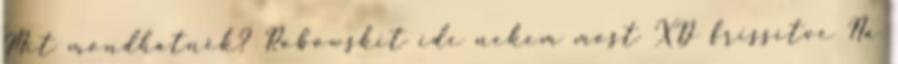
Mit mondhatnék? Robowskit ide nekem most XD frissítve Na